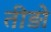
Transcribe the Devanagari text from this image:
तीड़ो